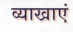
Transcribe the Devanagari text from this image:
व्याखाएं